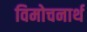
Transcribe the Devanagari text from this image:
विमोचनार्थ